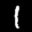
Label: 1